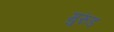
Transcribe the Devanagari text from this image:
मुरुंड